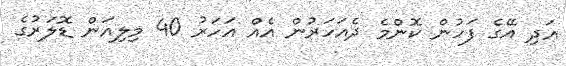
އަދި އޭގެ ފަހުން ކޮންމެ ދެއަހަރުން އެއް އަހަރު 40 މިލިއަން ޑޮލަރުގެ